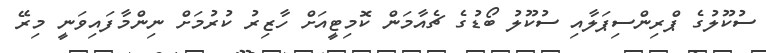
ސުކޫލުގެ ޕްރިންސިޕަލާއި ސުކޫލު ބޯޑުގެ ޗެއާމަން ކޮމިޓީއަށް ހާޒިރު ކުރުމަށް ނިންމާފައިވަނީ މިރޭ